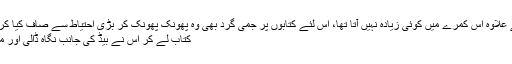
( اسکے علاوہ اس کمرے میں کوئی زیادہ نہیں آتا تھا، اس لئے کتابوں پر جمی گرد بھی وہ پھونک پھونک کر بڑی احتیاط سے صاف کیا کرتا تھا )
کتاب لے کر اس نے بیڈ کی جانب نگاہ ڈالی اور مسکرایا۔